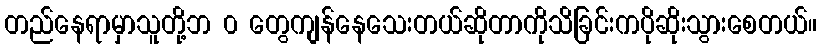
တည်နေရာမှာသူတို့ဘ ၀ တွေကျန်နေသေးတယ်ဆိုတာကိုသိခြင်းကပိုဆိုးသွားစေတယ်။